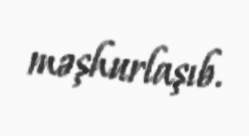
məşhurlaşıb.